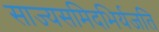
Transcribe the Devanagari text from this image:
साज्यसमिदभिर्यजति